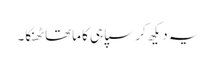
یہ دیکھ کر سپاہی کا ماتھا ٹھنکا۔